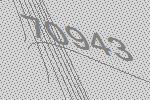
70943